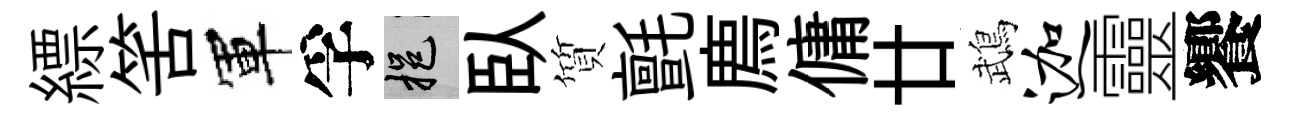
縹筈軍孚挹臥質氈廌傭廿鵡迦靈饗